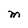
Character: M